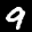
Label: 9